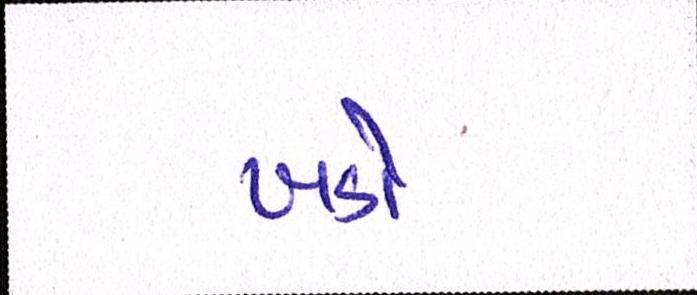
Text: ખડો